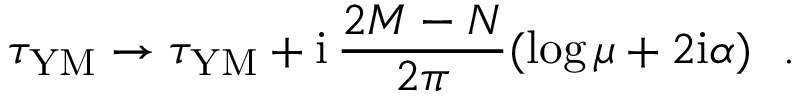
\tau _ { \mathrm { Y M } } \rightarrow \tau _ { \mathrm { Y M } } + \mathrm { i } \, \frac { 2 M - N } { 2 \pi } ( \log \mu + 2 \mathrm { i } \alpha ) ~ ~ .